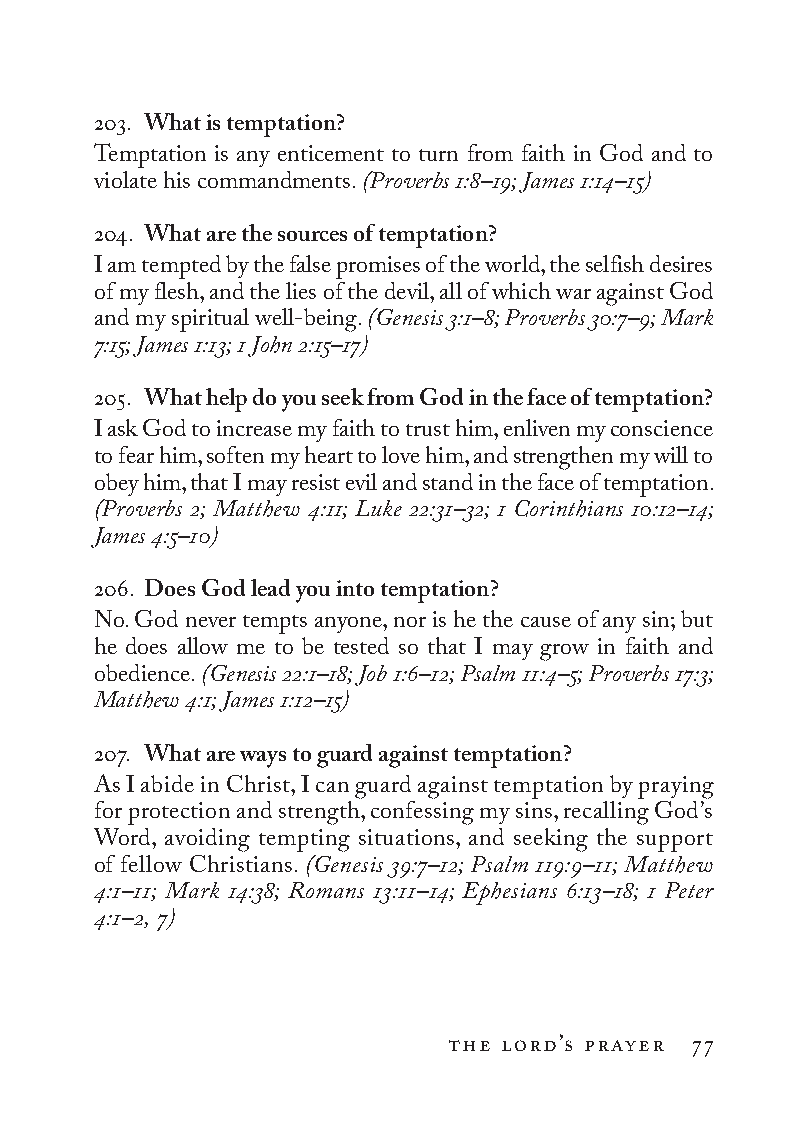
203. What is temptation?
 Temptation is any enticement to turn from faith in God and to
 violate his commandments. (Proverbs 1:8–19; James 1:14–15)
 204. What are the sources of temptation?
 I am tempted by the false promises of the world, the selfish desires
 of my flesh, and the lies of the devil, all of which war against God
 and my spiritual well-being. (Genesis 3:1–8; Proverbs 30:7–9; Mark
 7:15; James 1:13; 1 John 2:15–17)
 205. What help do you seek from God in the face of temptation?
 I ask God to increase my faith to trust him, enliven my conscience
 to fear him, soften my heart to love him, and strengthen my will to
 obey him, that I may resist evil and stand in the face of temptation.
 (Proverbs 2; Matthew 4:11; Luke 22:31–32; 1 Co rin thi ans 10:12–14;
 James 4:5–10)
 206. Does God lead you into temptation?
 No. God never tempts anyone, nor is he the cause of any sin; but
 he does allow me to be tested so that I may grow in faith and
 obedience. (Genesis 22:1–18; Job 1:6–12; Psalm 11:4–5; Proverbs 17:3;
 Matthew 4:1; James 1:12–15)
 207. What are ways to guard against temptation?
 As I abide in Christ, I can guard against temptation by praying
 for protection and strength, confessing my sins, recalling God’s
 Word, avoiding tempting situations, and seeking the support
 of fellow Christians. (Genesis 39:7–12; Psalm 119:9–11; Matthew
 4:1–11; Mark 14:38; Romans 13:11–14; Ephesians 6:13–18; 1 Peter
 4:1–2, 7)
 the lord’s prayer 77
 To be a Christian.566776.int.indd 77        11/13/19 1:31 PM